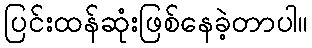
ပြင်းထန်ဆုံးဖြစ်နေခဲ့တာပါ။